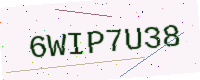
Text: 6WIP7U38